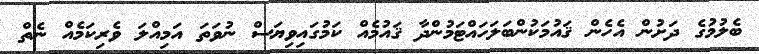
ބެލުމުގެ ދަށުން އެހެން ޤައުމަކުންބަލަހައްޓަމުންދާ ޤައުމެއް ކަމުގައިވިޔަސް ނުވަތަ އަމިއްލަ ވެރިކަމެއް ނެތް